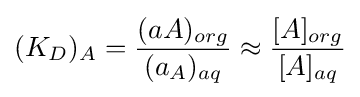
(K_{D})_{A}={(aA)_{org} \over (a_{A})_{aq}}\approx {[A]_{org} \over [A]_{aq}}